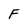
Character: F